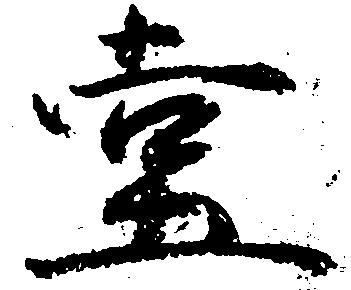
堂